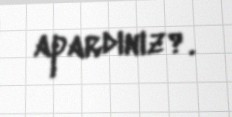
apardınız?.